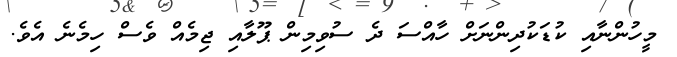
މީހުންނާއި ކުޑަކުދިންނަށް ހާއްސަ ދެ ސުވިމިން ޕޫލާއި ޖިމެއް ވެސް ހިމެނެ އެވެ.